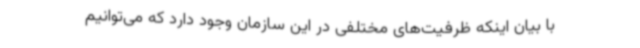
با بیان اینکه ظرفیت‌های مختلفی در این سازمان وجود دارد که می‌توانیم